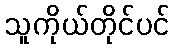
သူကိုယ်တိုင်ပင်